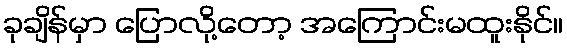
ခုချိန်မှာ ပြောလို့တော့ အကြောင်းမထူးနိုင်။